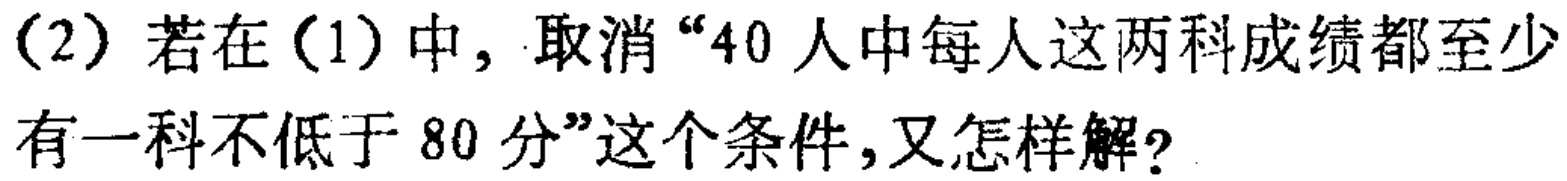
(2) 若在(1)中, 取消“40人中每人这两科成绩都至少有一科不低于80分”这个条件,又怎样解?